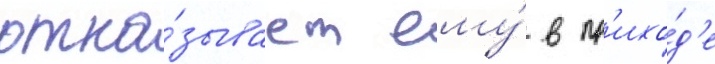
отка́зывает ему́ в пр'ихо́д'е